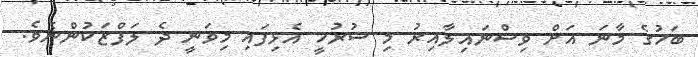
ބަހުގެ މާނަ އަށް ވިސްނައިލާއިރު މި ސުރުޚީ އެޅިފައި މިވަނީ ދެ ލަފްޒަކުންނެވެ.